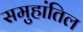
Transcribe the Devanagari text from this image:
समुहांतिल